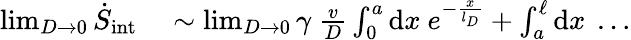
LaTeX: \begin{array}{rl}{\operatorname*{lim}_{D\rightarrow 0}\dot{S}_{\mathrm{int}}}&{{}\sim\operatorname*{lim}_{D\rightarrow 0}\gamma~\frac{v}{D}\int_{0}^{a}\mathrm{d}x~e^{-\frac{x}{l_{D}}}+\int_{a}^{\ell}\mathrm{d}x~\dots}\end{array}